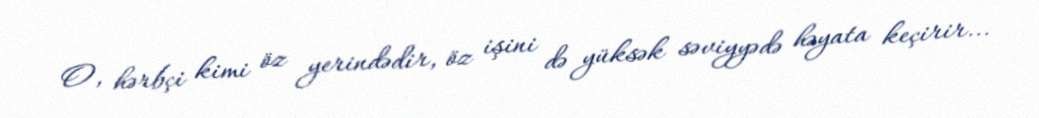
O, hərbçi kimi öz yerindədir, öz işini də yüksək səviyyədə həyata keçirir...